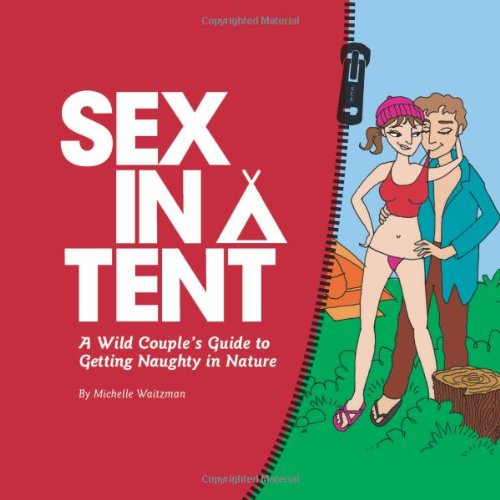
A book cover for Sex in a Tent: A Wild Couple's Guide to Getting Naughty in Nature; Michelle Waitzman; Sports & Outdoors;